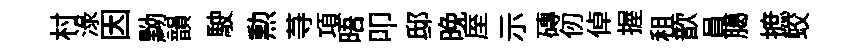
村渌因黝韻駛勲䒭項晤叩邸晚厔示磚仞倬握租歆員臈摭蛟